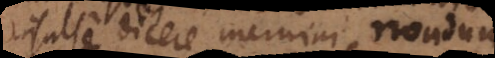
insulse dicere memini, nondum